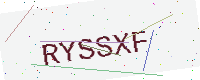
Text: RYSSXF